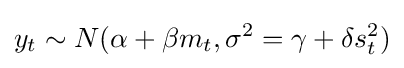
y_{t}\sim N(\alpha +\beta m_{t},\sigma ^{2}=\gamma +\delta s_{t}^{2})